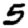
Digit: 5